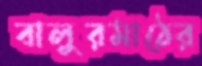
বালুরমাঠের